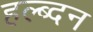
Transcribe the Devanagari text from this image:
हल्ब्दन